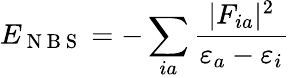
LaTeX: E_{\mathrm{~N~B~S~}}=-\sum_{ia}\frac{|F_{ia}|^{2}}{\varepsilon_{a}-\varepsilon_{i}}